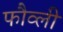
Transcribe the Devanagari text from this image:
फौव्ली